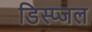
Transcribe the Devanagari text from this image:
डिस्प्जल